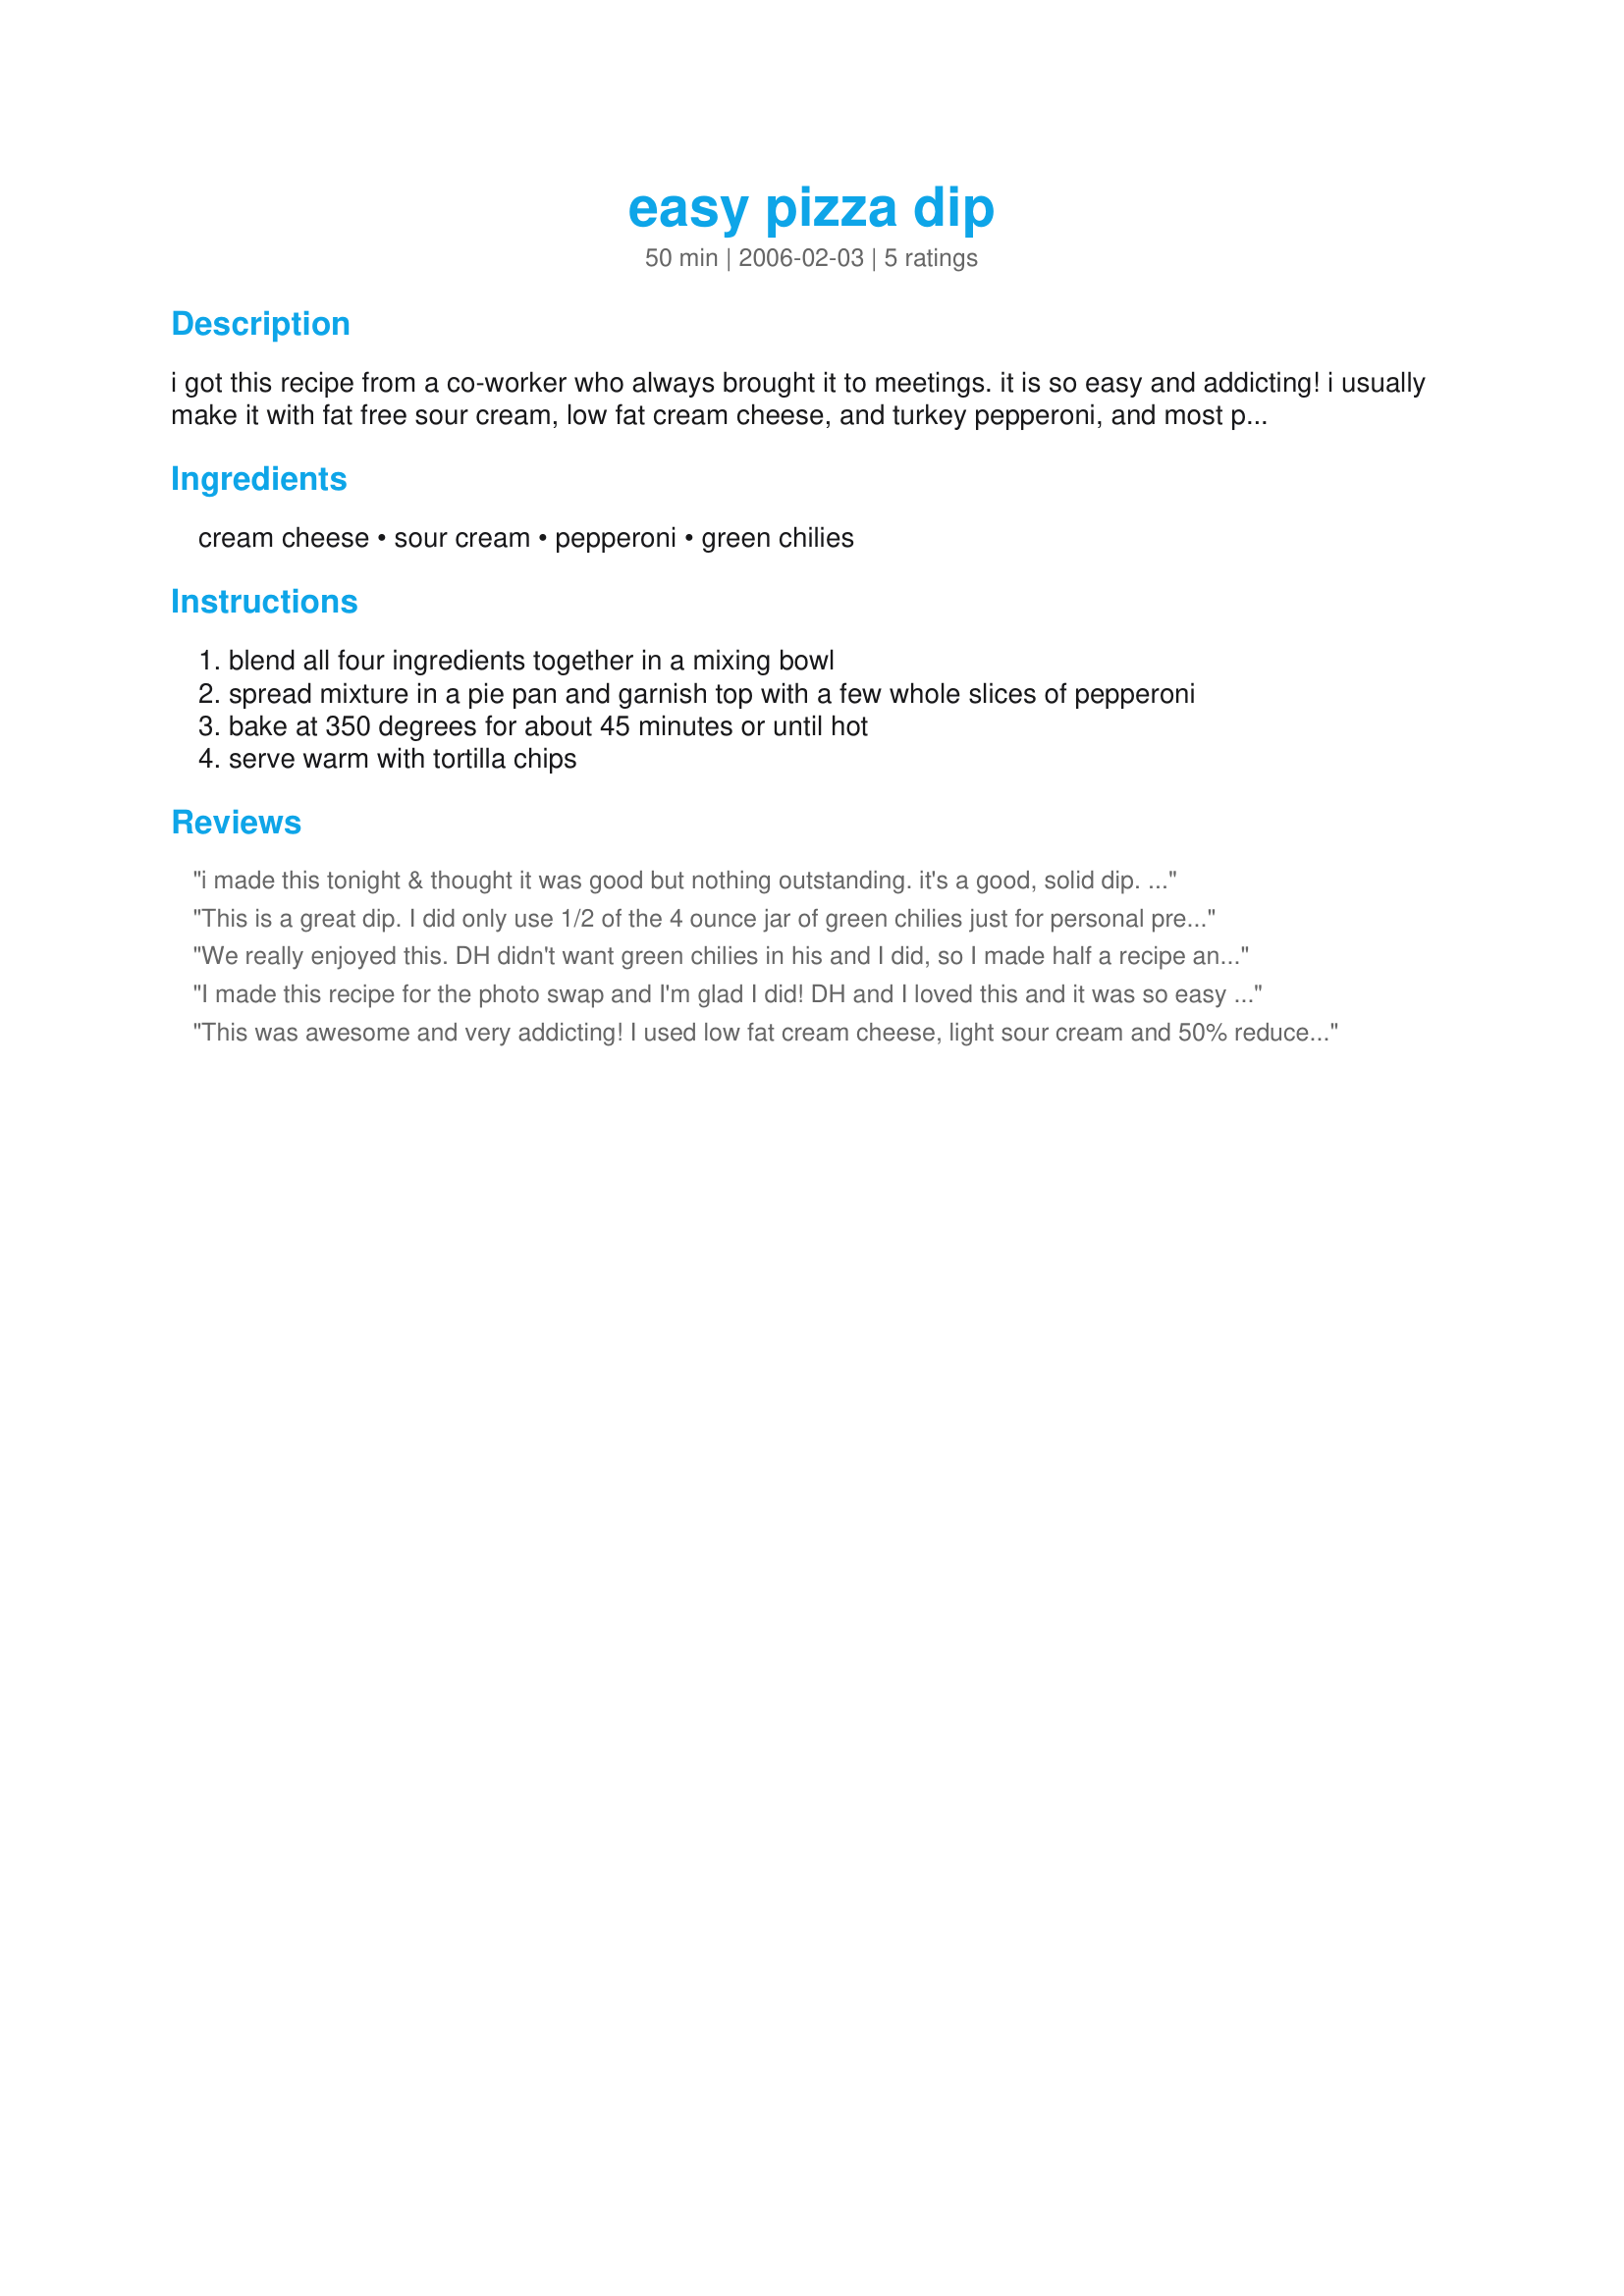
easy pizza dip
Preparation time: 50 minutes

i got this recipe from a co-worker who always brought it to meetings. it is so easy and addicting! i usually make it with fat free sour cream, low fat cream cheese, and turkey pepperoni, and most people like it better than the full fat version. note: the amount of pepperoni used is an estimate--use more or less depending on personal preference

Ingredients:
cream cheese, sour cream, pepperoni, green chilies

Steps:
blend all four ingredients together in a mixing bowl, spread mixture in a pie pan and garnish top with a few whole slices of pepperoni, bake at 350 degrees for about 45 minutes or until hot, serve warm with tortilla chips

Reviews:
i made this tonight & thought it was good but nothing outstanding. it's a good, solid dip. hot, gooey, but a little bland. next time i'll add a few squirts of pizza sauce. i'll use it again, but tweak it a bit.
This is a great dip. I did only use 1/2 of the 4 ounce jar of green chilies just for personal preference. It is really good served with tortilla chips.
We really enjoyed this. DH didn't want green chilies in his and I did, so I made half a recipe and used 1 cup ramekins. This worked out really well, perfect for 2-YES I SAID 2, we each ate the whole ramekin full with chips! I used reduced fat cream cheese, reduced fat sour cream, and reduced the baking time to 30 minutes.
Thanks for sharing, Nick's Mom
I made this recipe for the photo swap and I'm glad I did! DH and I loved this and it was so easy to make. I used only a half jar of the green chilies because I am a wimp, lol! Thanks for posting this, it was delish :)
This was awesome and very addicting! I used low fat cream cheese, light sour cream and 50% reduced fat pepperoni and you would never know it was a reduced fat recipe. Yum! Baked for about 35-40 min. I took it to a small party and it was nearly completely demolished (maybe 1/2 cup left)! Served with blue corn tortilla chips. Thanks so much lucid! :)
